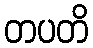
တပတိ